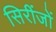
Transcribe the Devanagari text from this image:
सिरींजों